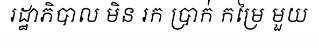
រដ្ឋាភិបាល មិន រក ប្រាក់ កម្រៃ មួយ